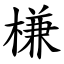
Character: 槏